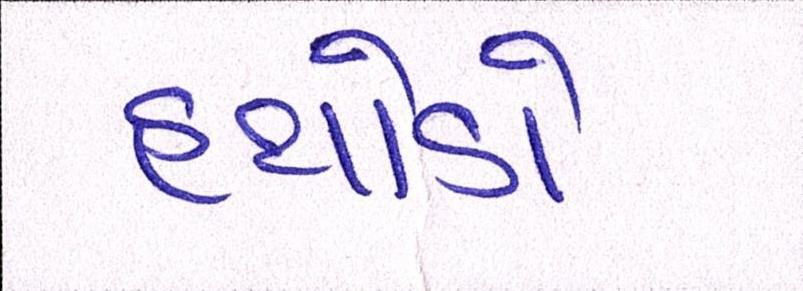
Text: હથોડો